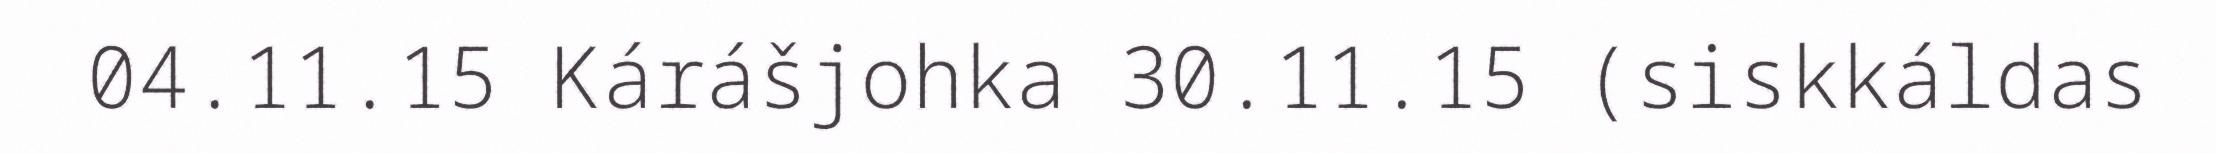
04.11.15 Kárášjohka 30.11.15 (siskkáldas